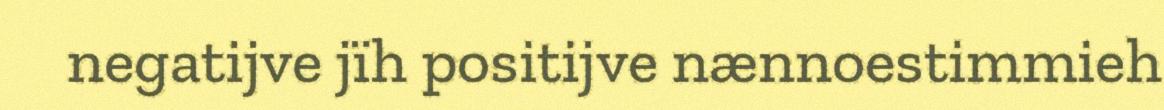
negatijve jïh positijve nænnoestimmieh